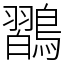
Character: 𪄶